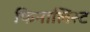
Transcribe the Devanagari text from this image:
फिनालिस्ट